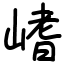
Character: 𡺸